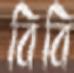
বিবি